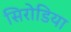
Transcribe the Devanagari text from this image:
सिरोडिया